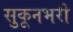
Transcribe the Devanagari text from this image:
सुकूनभरी